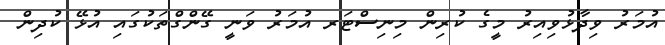
އުމަރު ވިދާޅުވިއިރު މީގެ ކުރިން މިނިސްޓަރ އުމަރު ވަނީ ގޭންގްތަކުގައި އުޅޭ ކުދިން